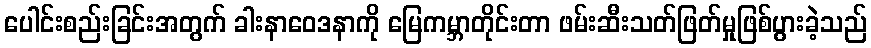
ပေါင်းစည်းခြင်းအတွက် ခါးနာဝေဒနာကို မြေကမ္ဘာတိုင်းတာ ဖမ်းဆီးသတ်ဖြတ်မှုဖြစ်ပွားခဲ့သည်